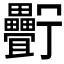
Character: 𤴉